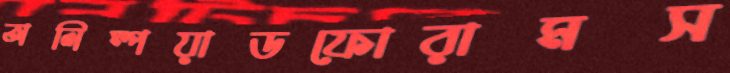
অলিম্পয়াডফোরামস